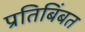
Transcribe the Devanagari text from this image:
प्रतिबिंबत